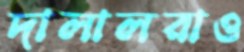
দালালরাও